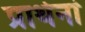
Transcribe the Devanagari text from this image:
प्रार्थनां